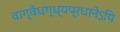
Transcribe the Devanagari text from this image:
वाग्वैधग्ध्यप्रधानेऽपि